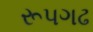
રૂપગઢ